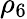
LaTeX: \rho_{6}